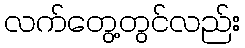
လက်တွေ့တွင်လည်း